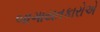
બાગાયતકારોએ